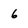
Character: 6